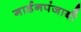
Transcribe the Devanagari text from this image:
गार्डनपंजाबी